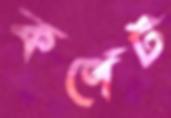
কর্ণেট